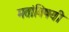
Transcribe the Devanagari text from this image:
मतांविषयी